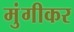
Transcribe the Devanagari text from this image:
मुंगीकर